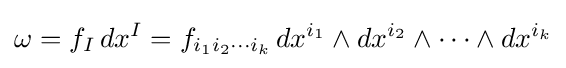
\omega =f_{I}\,dx^{I}=f_{i_{1}i_{2}\cdots i_{k}}\,dx^{i_{1}}\wedge dx^{i_{2}}\wedge \cdots \wedge dx^{i_{k}}